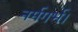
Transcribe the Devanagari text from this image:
नर्मगर्भ।